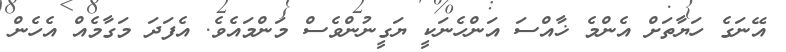
އޭނަގެ ހަޔާތަށް އެންމެ ޚާއްސަ އަންހެނަކީ ޔަގީނުންވެސް މަންމައެވެ. އެފަދަ މަގާމެއް އެހެން